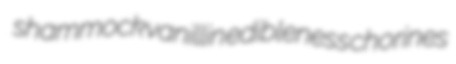
shammock vanillin edibleness chorines